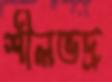
শীলভদ্র